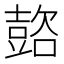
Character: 𲂞